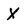
Character: X